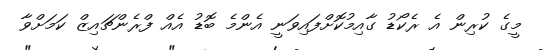
މީގެ ކުރިން އެ ރެކޯޑު ގާއިމުކޮށްފައިވަނީ އެންމެ ބޮޑު އެއް ފްރެންޗައިޒް ކަމަށްވާ